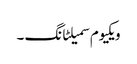
ویکیوم سمیلٹانگ ۔